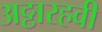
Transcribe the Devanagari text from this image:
अठ्ठारहवी